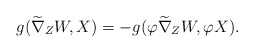
\begin{align*}g(\widetilde\nabla_{Z}W, X)=-g(\varphi\widetilde\nabla_{Z}W, \varphi X).\end{align*}